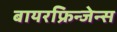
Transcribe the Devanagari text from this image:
बायरफ्रिन्जेन्स